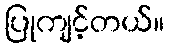
ပြုကျင့်တယ်။